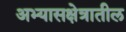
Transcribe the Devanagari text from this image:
अभ्यासक्षेत्रातील